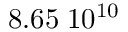
8 . 6 5 \; 1 0 ^ { 1 0 }